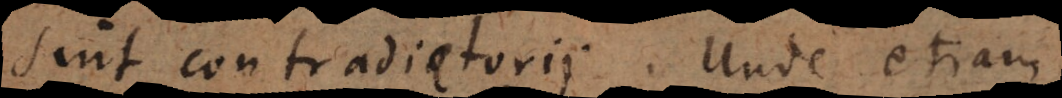
sint contradictorii. Unde etiam